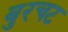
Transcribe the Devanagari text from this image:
बुरचट